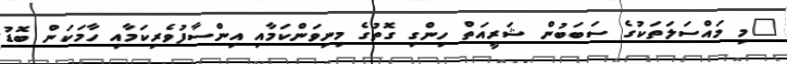
"މި މައްސަލަތަކުގެ ސަބަބުން ޝަރީއަތް ހިންގި ގޮތުގެ މިނިވަންކަމާއި އިންސާފުވެރިކަމާއި ހާމަކަން ބޮޑު